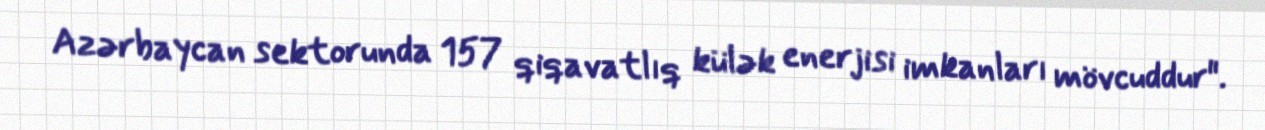
Azərbaycan sektorunda 157 qiqavatlıq külək enerjisi imkanları mövcuddur".